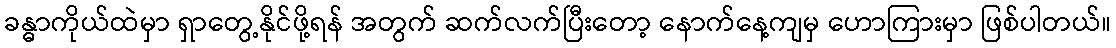
ခန္ဓာကိုယ်ထဲမှာ ရှာတွေ့နိုင်ဖို့ရန် အတွက် ဆက်လက်ပြီးတော့ နောက်နေ့ကျမှ ဟောကြားမှာ ဖြစ်ပါတယ်။